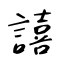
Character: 譆